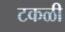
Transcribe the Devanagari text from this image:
टकळी